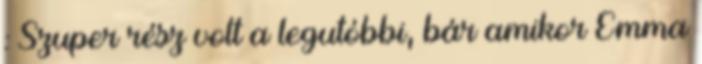
: Szuper rész volt a legutóbbi, bár amikor Emma